Protection of India from yellow fever
Disease focus: Fever
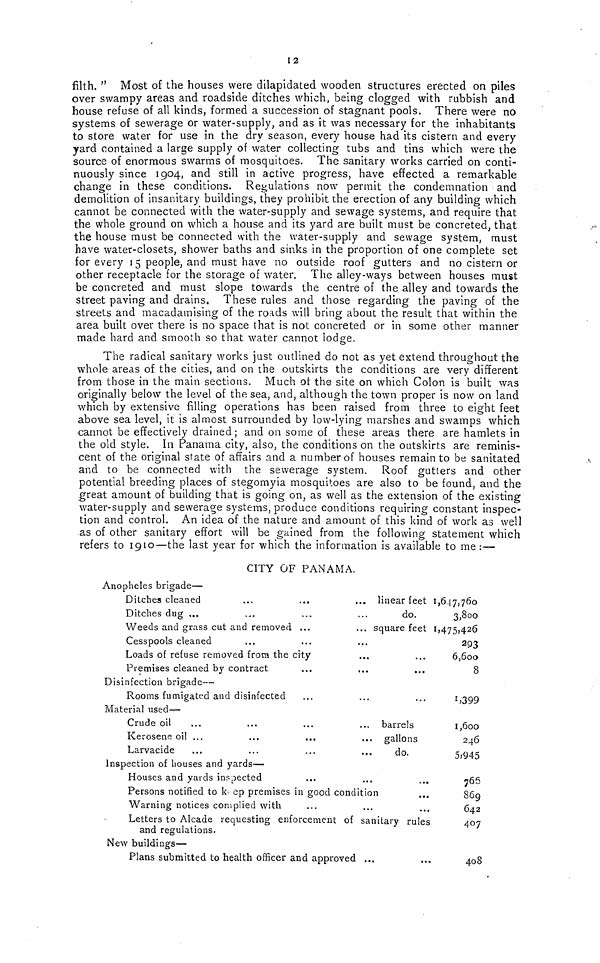
12
filth. " Most of the houses were dilapidated wooden structures erected on piles
over swampy areas and roadside ditches which, being clogged with rubbish and
house refuse of all kinds, formed a succession of stagnant pools. There were no
systems of sewerage or water-supply, and as it was necessary for the inhabitants
to store water for use in the dry season, every house had its cistern and every
yard contained a large supply of water collecting tubs and tins which were the
source of enormous swarms of mosquitoes. The sanitary works carried on conti-
nuously since 1904, and still in active progress, have effected a remarkable
change in these conditions. Regulations now permit the condemnation and
demolition of insanitary buildings, they prohibit the erection of any building which
cannot be connected with the water-supply and sewage systems, and require that
the whole ground on which a house and its yard are built must be concreted, that
the house must be connected with the water-supply and sewage system, must
have water-closets, shower baths and sinks in the proportion of one complete set
for every 15 people, and must have no outside roof gutters and no cistern or
other receptacle for the storage of water. The alley-ways between houses must
be concreted and must slope towards the centre of the alley and towards the
street paving and drains These rules and those regarding the paving of the
streets and macadamising of the roads will bring about the result that within the
area built over there is no space that is not concreted or in some other manner
made hard and smooth so that water cannot lodge.
The radical sanitary works just outlined do not as yet extend throughout the
whole areas of the cities, and on the outskirts the conditions are very different
from those in the main sections. Much of the site on which Colon is built was
originally below the level of the sea, and, although the town proper is now on land
which by extensive filling operations has been raised from three to eight feet
above sea level, it is almost surrounded by low-lying marshes and swamps which
cannot be effectively drained; and on some of these areas there are hamlets in
the old style. In Panama city, also, the conditions on the outskirts are reminis-
cent of the original state of affairs and a number of houses remain to be sanitated
and to be connected with the sewerage system. Roof gutters and other
potential breeding places of stegomyia mosquitoes are also to be found, and the
great amount of building that is going on, as well as the extension of the existing
water-supply and sewerage systems, produce conditions requiring constant inspec-
tion and control. An idea of the nature and amount of this kind of work as well
as of other sanitary effort will be gained from the following statement which
refers to 1910—the last year for which the information is available to me :—
CITY OF PANAMA.
Anopheles brigade—
Ditches cleaned
...
...
... linear feet 1,647,760
Ditches dug ...
...
...
...
do.
3,800
Weeds and grass cut and removed ...
... square feet 1,475,426
Cesspools cleaned
...
...
...
293
Loads of refuse removed from the city
...
...
6,600
Premises cleaned by contract
...
...
...
8
Disinfection brigade—
Rooms fumigated and disinfected
...
...
...
1,399
Material used—
Crude oil
..,
...
...
... barrels
1,600
Kerosene oil ...
...
...
... gallons
246
Larvacide
...
...
...
...
do.
5,945
Inspection of houses and yards—
Houses and yards inspected
...
...
765
Persons notified to k ep premises in good condition
...
869
Warning notices complied with
...
...
..
642
Letters to Alcade requesting enforcement of sanitary rules
407
and regulations.
New buildings—
Plans submitted to health officer and approved ...
...
408